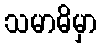
သမာဓိမှာ